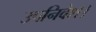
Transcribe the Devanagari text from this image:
उपनिवेश।